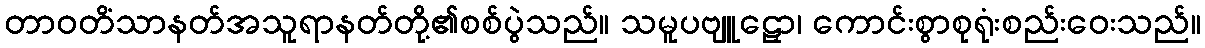
တာဝတိံသာနတ်အသူရာနတ်တို့၏စစ်ပွဲသည်။ သမူပဗျူဠှော၊ ကောင်းစွာစုရုံးစည်းဝေးသည်။